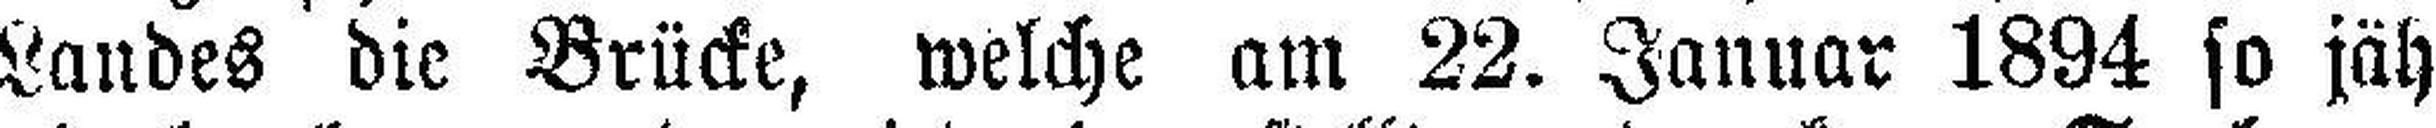
Landes die Brücke, welche am 22. Januar 1894 so jäh